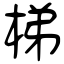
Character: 梯